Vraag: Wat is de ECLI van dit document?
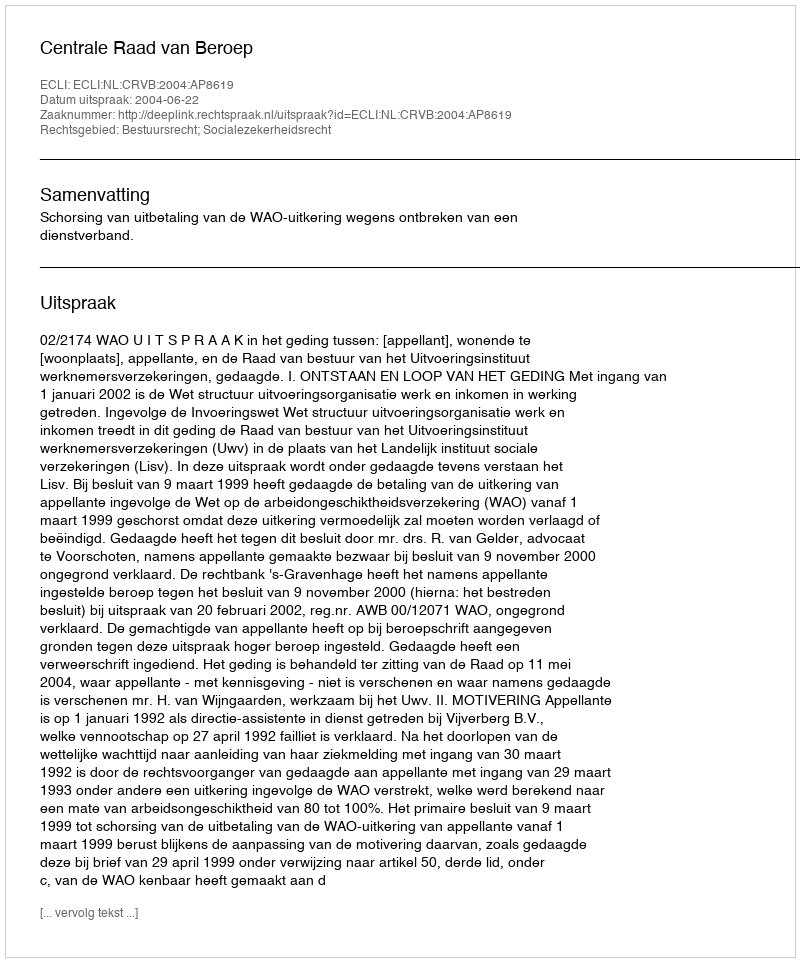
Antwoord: ECLI:NL:CRVB:2004:AP8619